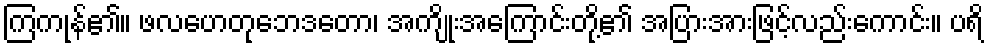
ကြကုန်၏။ ဖလဟေတုဘေဒတော၊ အကျိုးအကြောင်းတို့၏ အပြားအားဖြင့်လည်းကောင်း။ ပရိ